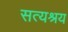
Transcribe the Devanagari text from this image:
सत्यश्रय